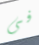
فى